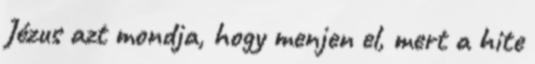
Jézus azt mondja, hogy menjen el, mert a hite